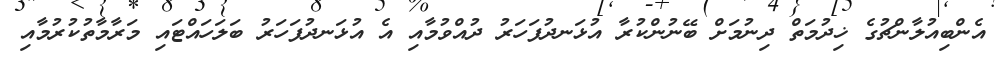
އެންބިއުލާންޗުގެ ޚިދުމަތް ދިނުމަށް ބޭނުންކުރާ އުޅަނދުފަހަރު ދުއްވުމާއި އެ އުޅަނދުފަހަރު ބަލަހައްޓައި މަރާމާތުކުރުމާއި